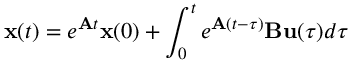
\mathbf { x } ( t ) = e ^ { \mathbf { A } t } \mathbf { x } ( 0 ) + \int _ { 0 } ^ { t } e ^ { \mathbf { A } ( t - \tau ) } \mathbf { B } \mathbf { u } ( \tau ) d \tau